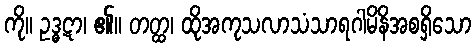
ကို။ ဥဒ္ဓဋာ၊ ၏။ တတ္ထ၊ ထိုအကုသလာသံသာရဂါမိနိအစရှိသော